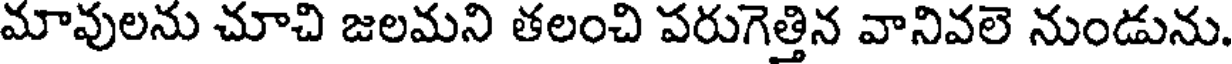
మావులను చూచి జలమని తలంచి పరుగెత్తిన వానివలె నుండును.